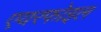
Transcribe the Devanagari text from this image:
एयरफोइल